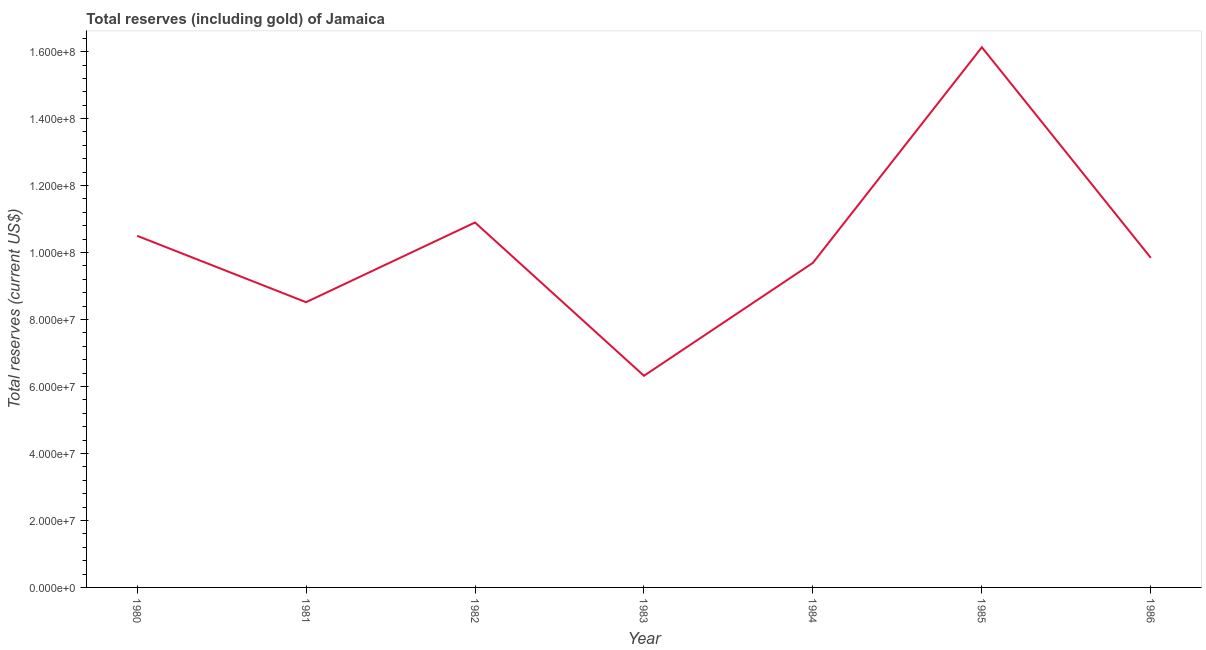
| Year | Total reserves (includes gold |
 | --- | --- |
 | 1980 | 1.05e+08 |
 | 1981 | 8.52e+07 |
 | 1982 | 1.09e+08 |
 | 1983 | 6.32e+07 |
 | 1984 | 9.69e+07 |
 | 1985 | 1.61e+08 |
 | 1986 | 9.84e+07 |